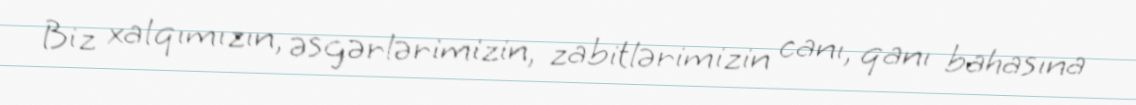
Biz xalqımızın, əsgərlərimizin, zabitlərimizin canı, qanı bahasına